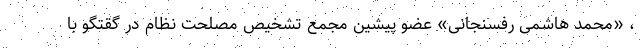
، «محمد هاشمی رفسنجانی» عضو پیشین مجمع تشخیص مصلحت نظام در گقتگو با